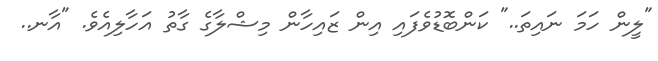
"ލީން ހަމަ ނައިތަ.." ކަންބޮޑުވެފައި އިން ޒައިހާން މިޝްލާގެ ގާތު އަހާލިއެވެ. "އާނ..